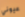
عيوني